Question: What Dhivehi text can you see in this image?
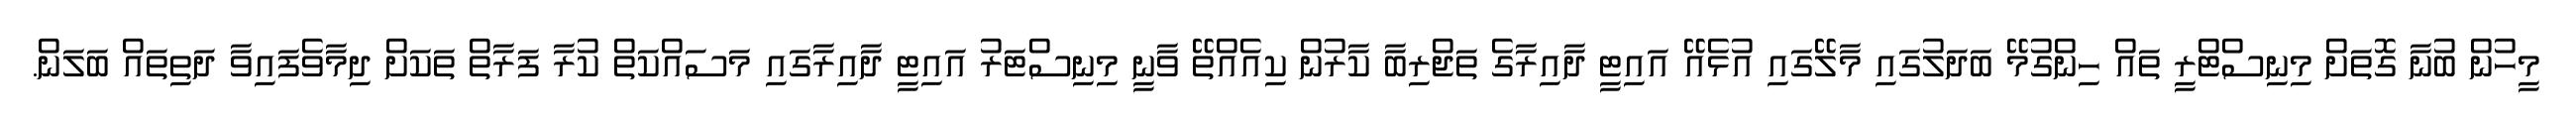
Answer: މީހުން ބުނާ ގޮތަށް މިނިސްޓްރީ ތައް ހިންގުމޭ ބަދަލުގައި މާލޭގައި އުޅެއޭ އައިޓީ ދާއިރާގެ ތަޖްރިބާ ކާރުން ކިއެއްތޭ ވާނީ މިނިސްޓަރު އައިޓީ ދާއިރާގައި މަސައްކަތް ކުރާ ފަރާތް ތަކަށް ދިމާވެފައިވާ ދަތިތައް ބަލަން.